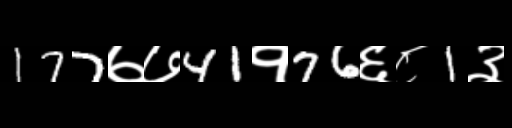
Text: 177७७41१76६८1३